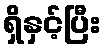
ရှိနှင့်ပြီး